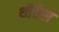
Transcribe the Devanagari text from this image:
थ्वैतेस